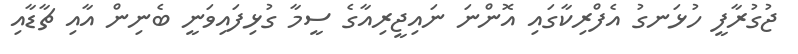
ޖުގުރާފީ ހުޅަނގު އެފްރިކާގައި އޮންނަ ނައިޖީރިއާގެ ސީމާ ގުޅިފައިވަނީ ބެނިން އާއި ޗާޑާއި